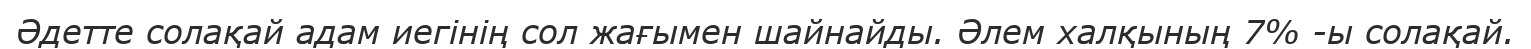
Әдетте солақай адам иегінің сол жағымен шайнайды. Әлем халқының 7% -ы солақай.